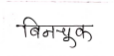
मजकूर: बिनचूक